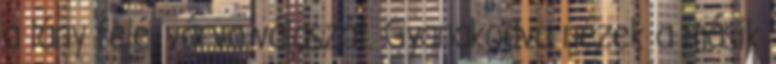
a lány felé, várva válaszát. Gyanakodva nézek a másik